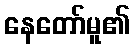
နေတော်မူ၏